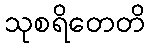
သုစရိတေတိ